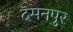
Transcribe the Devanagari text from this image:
दमनपुर